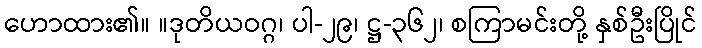
ဟောထား၏။ ။ဒုတိယဝဂ္ဂ၊ ပါ-၂၉၊ ဋ္ဌ-၃၆၂၊ စကြာမင်းတို့ နှစ်ဦးပြိုင်